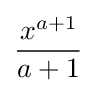
{\frac {x^{a+1}}{a+1}}